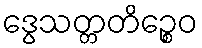
ဒွေသတ္တတိဉ္စေဝ